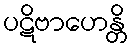
ပဋိဗာဟေန္တိ